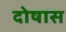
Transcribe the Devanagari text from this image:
दोषास